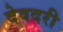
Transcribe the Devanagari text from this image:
देवदरी